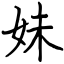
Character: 妹